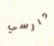
دارسي